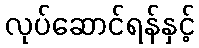
လုပ်ဆောင်ရန်နှင့်